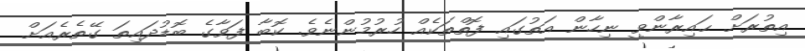
އިތުރަށް ޙައިރާންވީ ނިހާން އަތުގައި ފޮތްތަކެއް ހުރުމުންނެވެ. ކޮބާ ފަވާގެ ބޮޑުދައިތަ ގޭތެރެއަށް